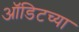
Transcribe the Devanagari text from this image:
ऑडिटच्या